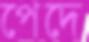
পেদে